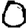
Digit: 0